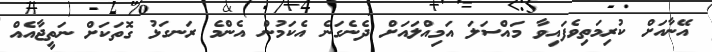
އޭނާއަށް ކުރިމަތިވެފައިވާ މައްސަލަ އަމިއްލައަށް ދެނެގަނެ އެކަމުން އެންމެ ރަނގަޅު ގޮތަކަށް ނަތީޖާއެއް